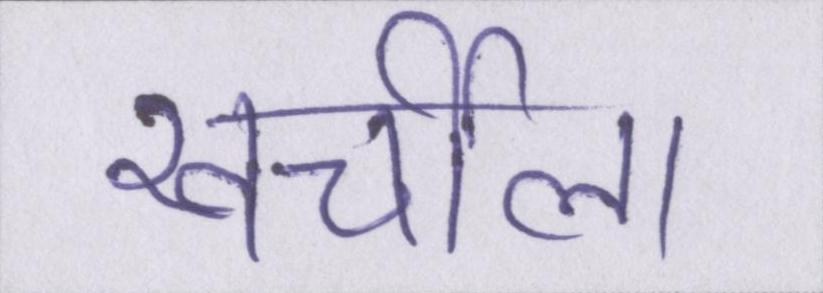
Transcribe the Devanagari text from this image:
खर्चीला